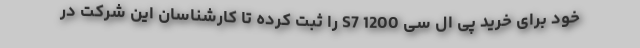
خود برای خرید پی ال سی S7 1200 را ثبت کرده تا کارشناسان این شرکت در